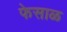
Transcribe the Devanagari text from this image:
फेसाळ